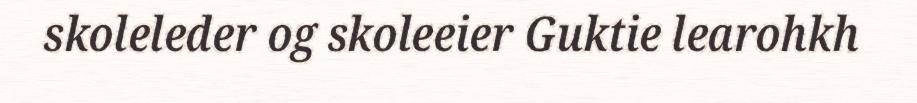
skoleleder og skoleeier Guktie learohkh